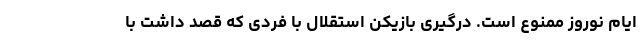
ایام نوروز ممنوع است. درگیری بازیکن استقلال با فردی که قصد داشت با